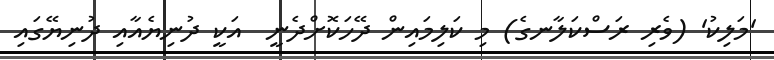
'މަލިކު' (ވެރި ރަސްކަލާނގެ) މި ކަލިމައިން ދޭހަކޮށްދެނީ  އަކީ ދުނިޔެއާއި ދުނިޔޭގައި